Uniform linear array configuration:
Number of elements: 64
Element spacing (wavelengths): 0.5
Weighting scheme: blackman
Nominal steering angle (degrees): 30
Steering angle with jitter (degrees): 30.362
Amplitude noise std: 0.05
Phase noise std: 0.05

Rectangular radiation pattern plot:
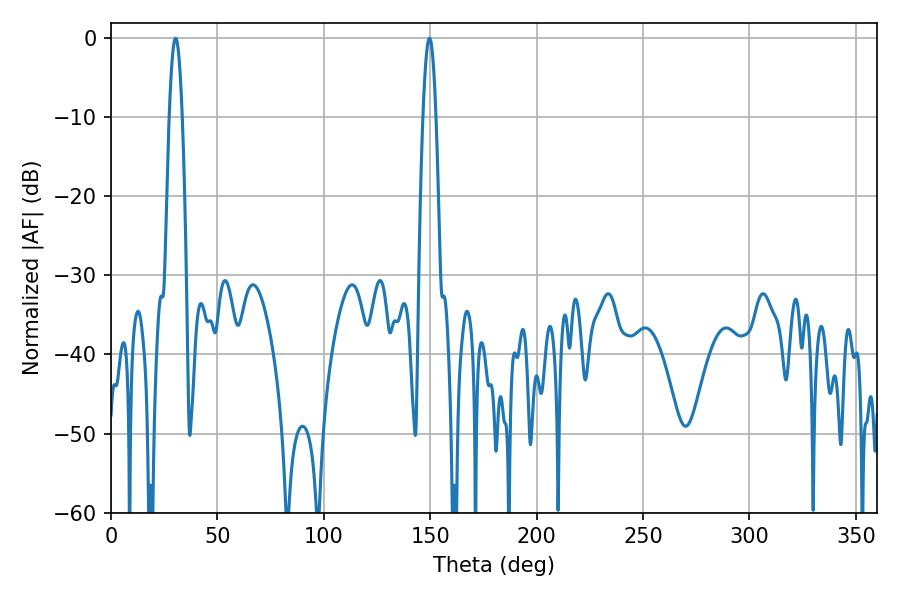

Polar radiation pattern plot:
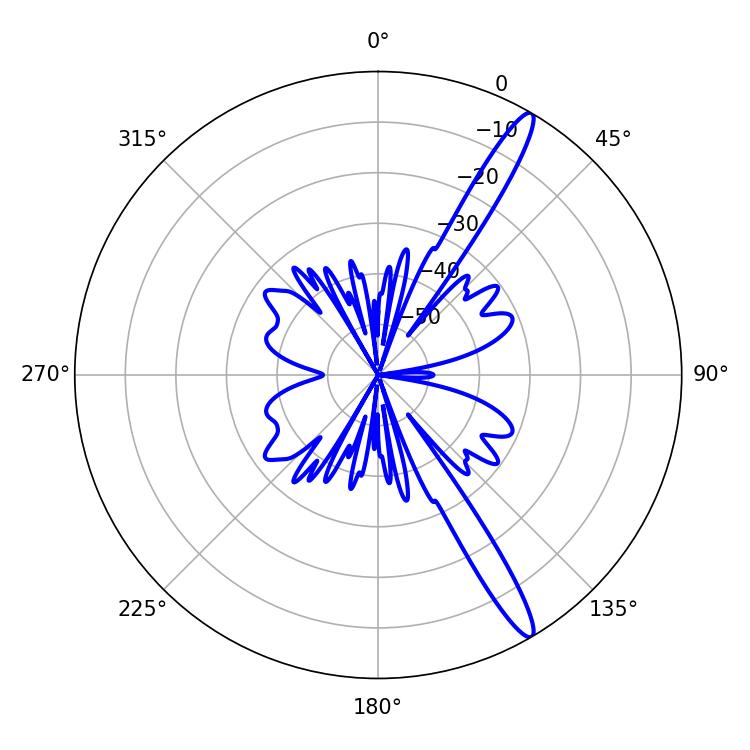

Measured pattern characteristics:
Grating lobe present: FALSE
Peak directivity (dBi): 14.911
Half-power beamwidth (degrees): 3.24
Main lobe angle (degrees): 30.42